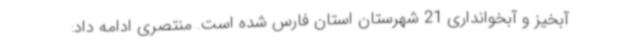
آبخیز و آبخوانداری 21 شهرستان استان فارس شده است. منتصری ادامه داد: